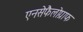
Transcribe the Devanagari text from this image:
एनसेफैलोग्राफ